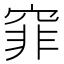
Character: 𥦯